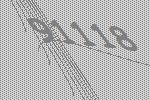
91118